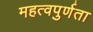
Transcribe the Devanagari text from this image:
महत्वपुर्णता